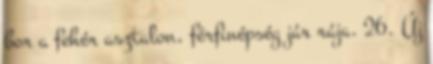
bor a fehér asztalon, férfinépség jár rája. 26. Új